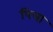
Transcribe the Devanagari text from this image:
पित्रा